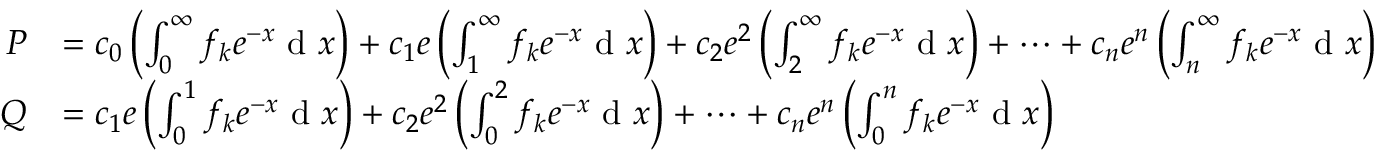
{ \begin{array} { r l } { P } & { = c _ { 0 } \left( \int _ { 0 } ^ { \infty } f _ { k } e ^ { - x } \ \mathrm { d } \ x \right) + c _ { 1 } e \left( \int _ { 1 } ^ { \infty } f _ { k } e ^ { - x } \ \mathrm { d } \ x \right) + c _ { 2 } e ^ { 2 } \left( \int _ { 2 } ^ { \infty } f _ { k } e ^ { - x } \ \mathrm { d } \ x \right) + \cdots + c _ { n } e ^ { n } \left( \int _ { n } ^ { \infty } f _ { k } e ^ { - x } \ \mathrm { d } \ x \right) } \\ { Q } & { = c _ { 1 } e \left( \int _ { 0 } ^ { 1 } f _ { k } e ^ { - x } \ \mathrm { d } \ x \right) + c _ { 2 } e ^ { 2 } \left( \int _ { 0 } ^ { 2 } f _ { k } e ^ { - x } \ \mathrm { d } \ x \right) + \cdots + c _ { n } e ^ { n } \left( \int _ { 0 } ^ { n } f _ { k } e ^ { - x } \ \mathrm { d } \ x \right) } \end{array} }